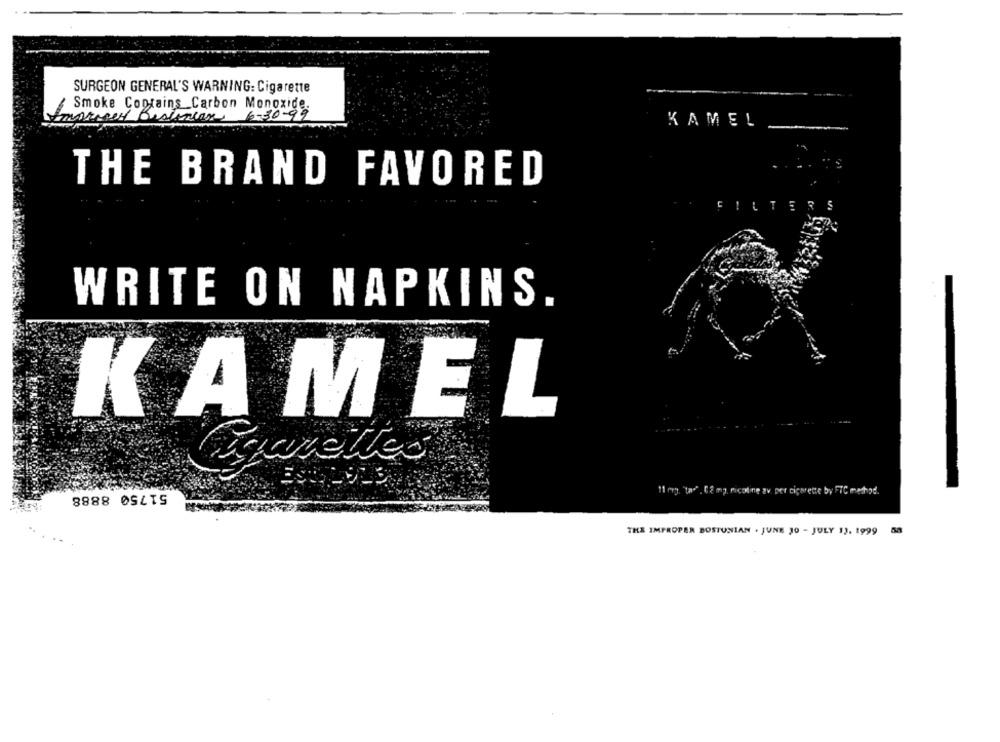
SURGEON GENERAL'S WARNING: Cigarette
Smoke Contains Carbon Monoxide.
6-30-99
KAMEL
THE BRAND FAVORED
ILTERS
WRITE ON NAPKINS.
K AM EL
51750 8888
11 mg, "to", 02 m2. nicoline av per cigarette by FTC method.
THE IMPROPER BOSTUNIAN . JUNE 10 - JULY 13, 1999